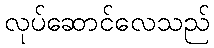
လုပ်ဆောင်လေသည်